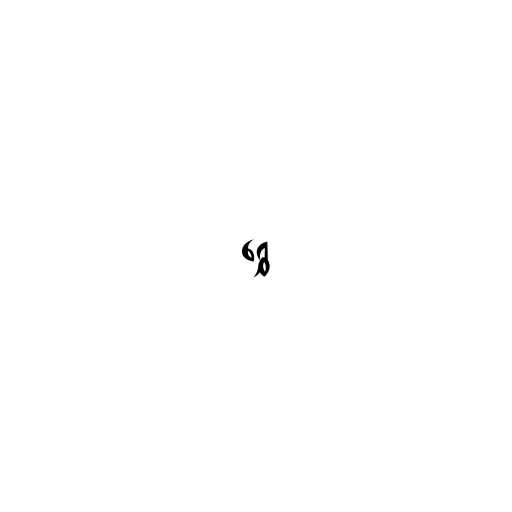
ရွှေ